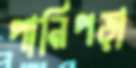
পানিপড়া